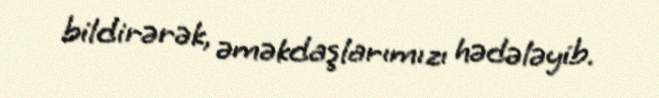
bildirərək, əməkdaşlarımızı hədələyib.